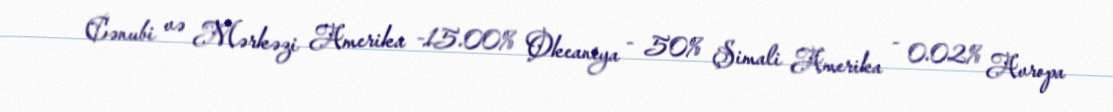
Cənubi və Mərkəzi Amerika -15.00% Okeaniya - 50% Şimali Amerika - 0.02% Avropa